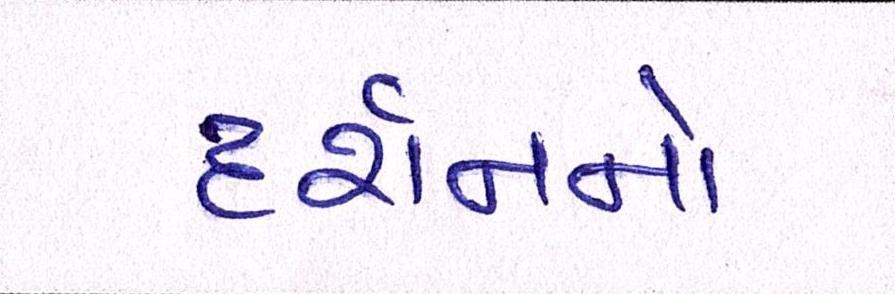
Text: દર્શનનો